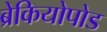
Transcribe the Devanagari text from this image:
ब्रेकियोपोड